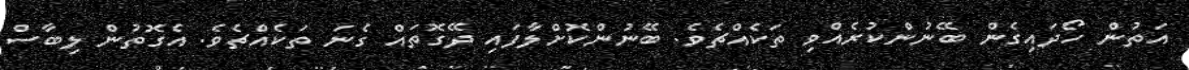
އަތުން ހޯދައިގެން ބޭނުންކުރެއްވި ތަކެއްޗެވެ. ބޭނުންކޮށްލާފައި ދޭގޮތައް ގެނަ ތަކެއްޗެވެ. އެގޮތުން ލިބާސް